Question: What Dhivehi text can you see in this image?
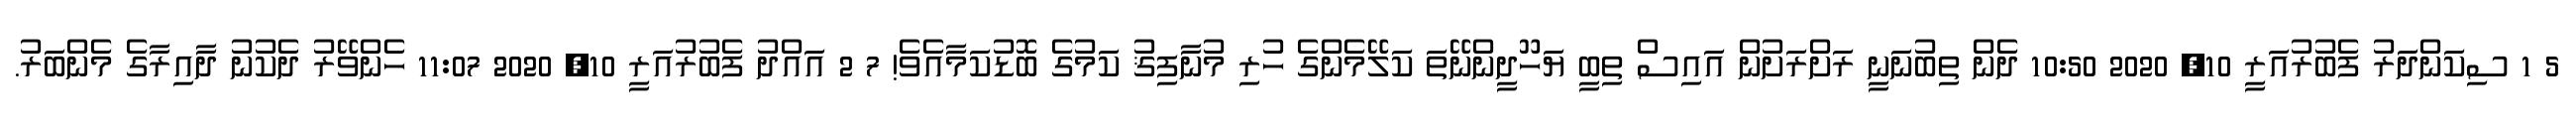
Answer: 5 1 ސިކަންދަރު ފެބުރުއަރީ 10, 2020 10:50 ދެން ތިބުނަނީ ރަށްރަށުން އައިސް ތިބީ ޔަހޫދީންނޭތަ ކަލޭމެންގެ ހުރި މުނާފިޤު ކަމުގެ ބޮޑުކަމާއެވެ! 7 2 އައްދު ފެބުރުއަރީ 10, 2020 11:07 ހެންވޭރު ދެކުނު ދާއިރާގެ މެންބަރު.